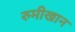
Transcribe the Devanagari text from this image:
रुमीखान